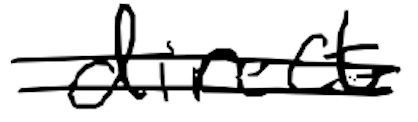
Text: direct
Cross-out: double-line
Writing tool: digital_black